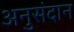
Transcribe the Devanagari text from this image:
अनुसंदान